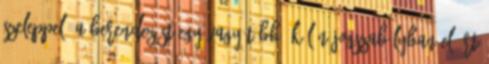
szeleppel. A berendezést egy vagy több, külön jogszabályban elõírt